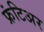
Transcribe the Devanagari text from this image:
फ्रंटिअर